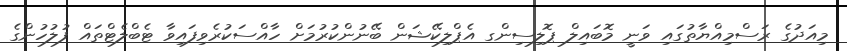
މިއަދުގެ ރަސްމިއްޔާތުގައި ވަނީ މޮބައިލް ޕޮލިސިންގ އެޕްލިކޭޝަން ބޭނުންކުރުމަށް ހާއްސަކުރެވިފައިވާ ޓެބްލެޓްތައް ފުލުހުންގެ